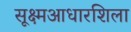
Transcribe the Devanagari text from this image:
सूक्ष्मआधारशिला